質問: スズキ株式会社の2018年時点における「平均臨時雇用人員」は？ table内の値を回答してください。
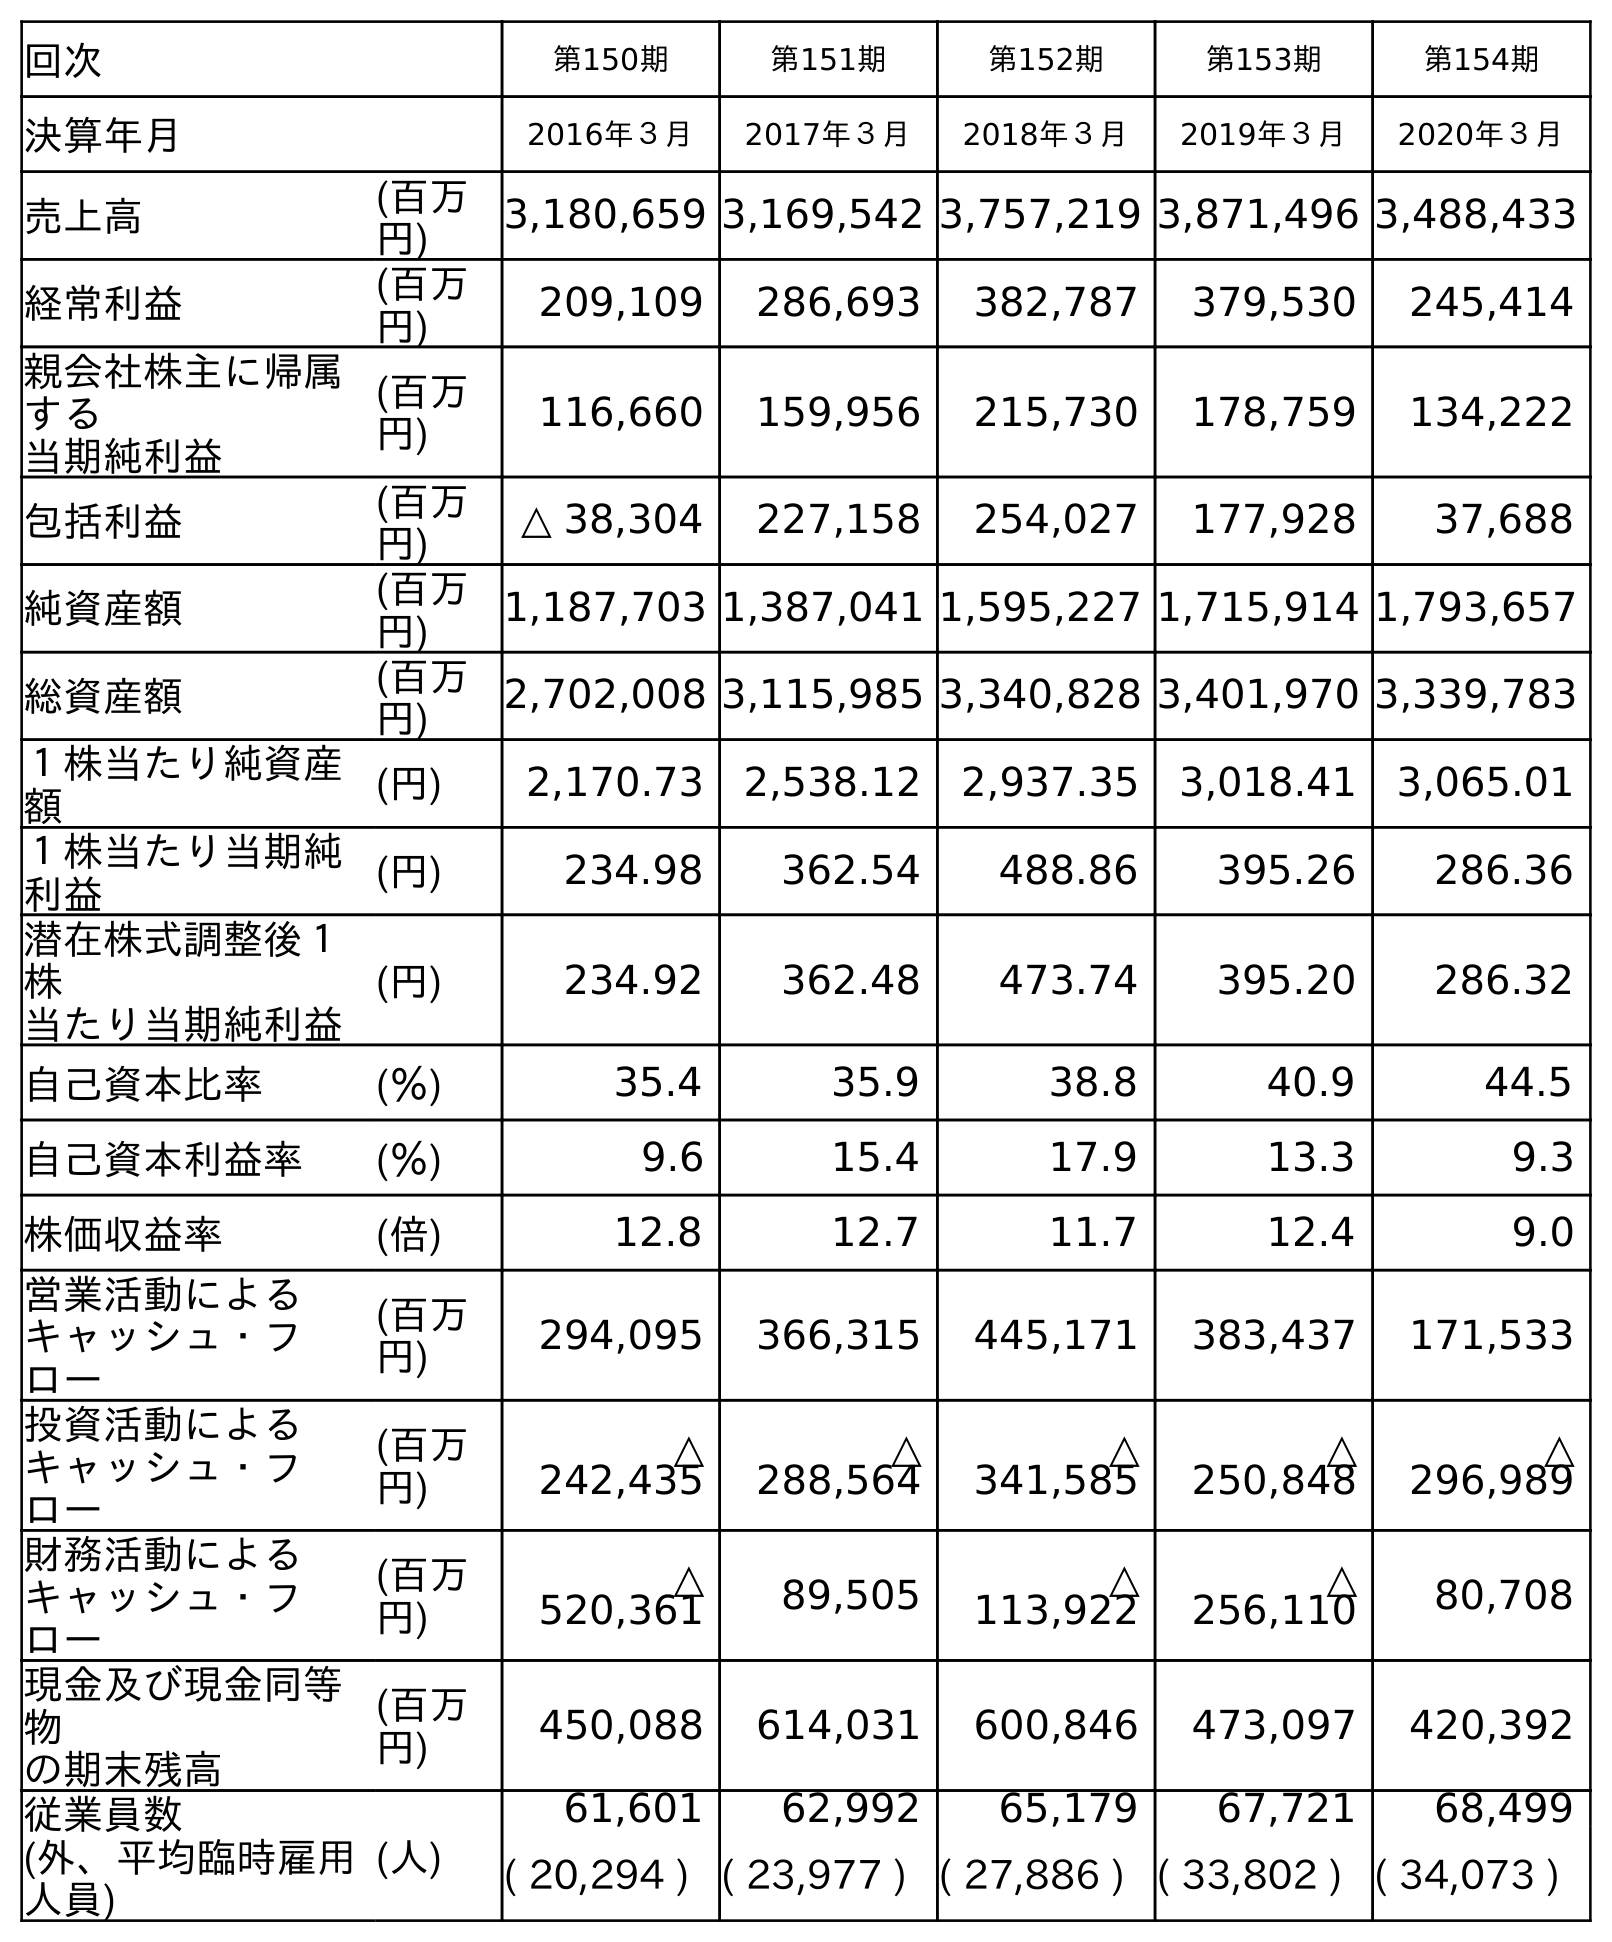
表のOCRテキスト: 回次 第150期 第151期 第152期 第153期 第154期 決算年月 2016年３月 2017年３月 2018年３月 2019年３月 2020年３月 売上高 (百万 円) 3,180,659 3,169,542 3,757,219 3,871,496 3,488,433 経常利益 (百万 円) 209,109 286,693 382,787 379,530 245,414 親会社株主に帰属 する 当期純利益 (百万 円) 116,660 159,956 215,730 178,759 134,222 包括利益 (百万 円) △ 38,304 227,158 254,027 177,928 37,688 純資産額 (百万 円) 1,187,703 1,387,041 1,595,227 1,715,914 1,793,657 総資産額 (百万 円) 2,702,008 3,115,985 3,340,828 3,401,970 3,339,783 １株当たり純資産 額 (円) 2,170.73 2,538.12 2,937.35 3,018.41 3,065.01 １株当たり当期純 利益 (円) 234.98 362.54 488.86 395.26 286.36 潜在株式調整後１ 株 当たり当期純利益 (円) 234.92 362.48 473.74 395.20 286.32 自己資本比率 (％) 35.4 35.9 38.8 40.9 44.5 自己資本利益率 (％) 9.6 15.4 17.9 13.3 9.3 株価収益率 (倍) 12.8 12.7 11.7 12.4 9.0 営業活動による キャッシュ・フ ロー (百万 円) 294,095 366,315 445,171 383,437 171,533 投資活動による キャッシュ・フ ロー (百万 円) △ 242,435 △ 288,564 △ 341,585 △ 250,848 △ 296,989 財務活動による キャッシュ・フ ロー (百万 円) △ 520,361 89,505 △ 113,922 △ 256,110 80,708 現金及び現金同等 物 の期末残高 (百万 円) 450,088 614,031 600,846 473,097 420,392 従業員数 (外、平均臨時雇用 人員) (人) 61,601 62,992 65,179 67,721 68,499 ( 20,294 ) ( 23,977 ) ( 27,886 ) ( 33,802 ) ( 34,073 )
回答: (27,886)